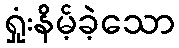
ရှုံးနိမ့်ခဲ့သော